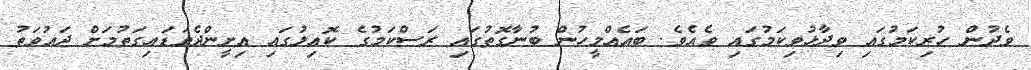
ވެދުން ހުރިކަމުގައި ވިދާޅުވިކަމުގައި ވެއެވެ. ބައެއްމީހުން ބުނާގޮތުގައި ރަސްކަމުގެ ކޮއިލުގައި އިށީންދެވަޑައިގަތުމަށް ދައުވަތު